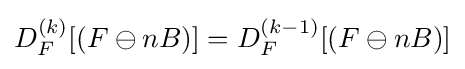
D_{F}^{(k)}[(F\ominus nB)]=D_{F}^{(k-1)}[(F\ominus nB)]